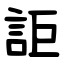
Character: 詎